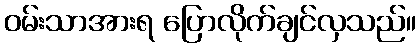
ဝမ်းသာအားရ ပြောလိုက်ချင်လှသည်။